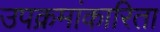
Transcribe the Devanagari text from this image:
उपक्रमांकारिता